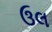
ઉલ